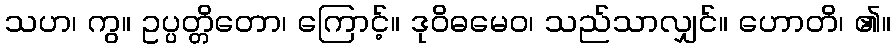
သဟ၊ ကွ။ ဥပ္ပတ္တိတော၊ ကြောင့်။ ဒုဝိဓမေဝ၊ သည်သာလျှင်။ ဟောတိ၊ ၏။